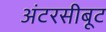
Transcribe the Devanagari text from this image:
अंटरसीबूट